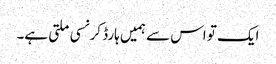
ایک تو اس سے ہمیں ہارڈ کرنسی ملتی ہے۔